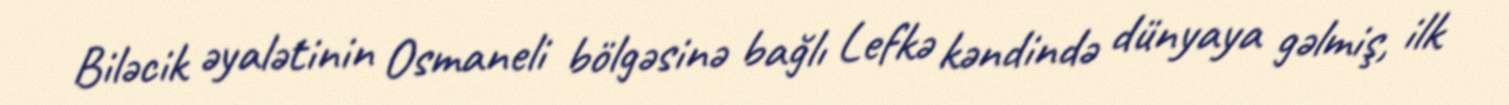
Biləcik əyalətinin Osmaneli bölgəsinə bağlı Lefkə kəndində dünyaya gəlmiş, ilk